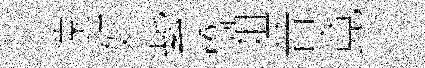
遠奸紫橋爼昔竟